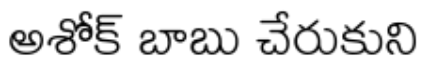
అశోక్ బాబు చేరుకుని